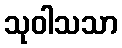
သုဝါသသာ